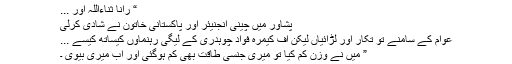
“ رانا ثناءاللہ اور ...
پشاور میں چینی انجنیئر اور پاکستانی خاتون نے شادی کرلی
عوام کے سامنے تو تکار اور لڑائیاں لیکن آف کیمرہ فواد چوہدری کے لیگی رہنماؤں کیساتھ کیسے ...
” میں نے وزن کم کیا تو میری جنسی طاقت بھی کم ہوگئی اور اب میری بیوی ۔